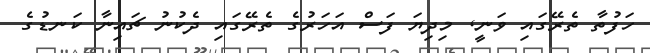
ހަފުތާ ތެރޭގައި ވަނީ